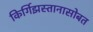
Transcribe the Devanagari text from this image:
किर्गिझस्तानासोबत